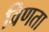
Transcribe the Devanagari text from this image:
विणता